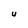
Character: U